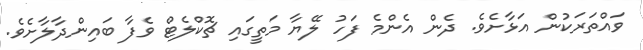
ވައްތަރަކުން އަޅާށެވެ. ދެން އެންމެ ފަހު ލޭޔާ މަތީގައި ޗޮކްލެޓް ވެފާ ބައިންދާލާށެވެ.